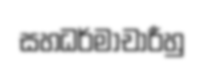
සහධර්මාචාරීහු